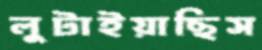
লুটাইয়াছিস